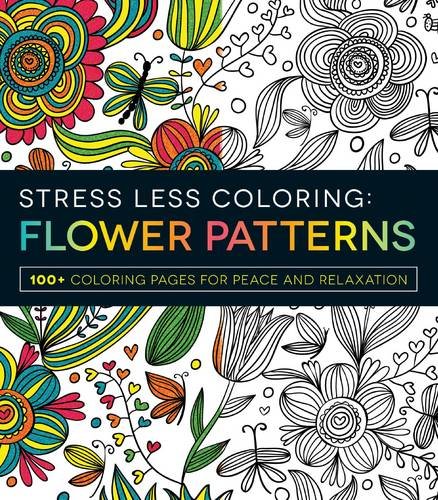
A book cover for Stress Less Coloring - Flower Patterns: 100+ Coloring Pages for Peace and Relaxation; Adams Media; Humor & Entertainment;